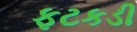
ફટકડી